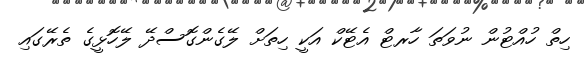
ހިތް ހުއްޓުން ނުވަތަ ހާރޓް އެޓޭކް އަކީ ހިތަށް ލޭގެންގޮސްދޭ ލޭހޮޅީގެ ތެރޭގައި